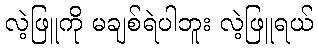
လဲ့ဖြူကို မချစ်ရဲပါဘူး လဲ့ဖြူရယ်